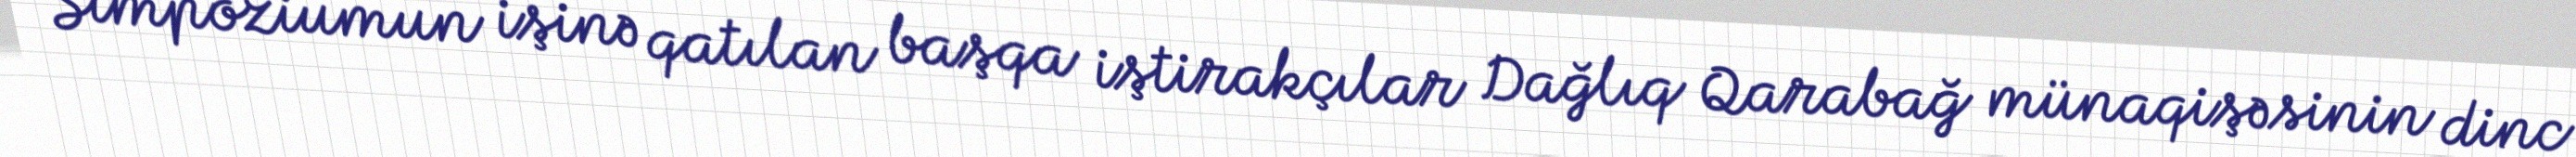
Simpoziumun işinə qatılan başqa iştirakçılar Dağlıq Qarabağ münaqişəsinin dinc